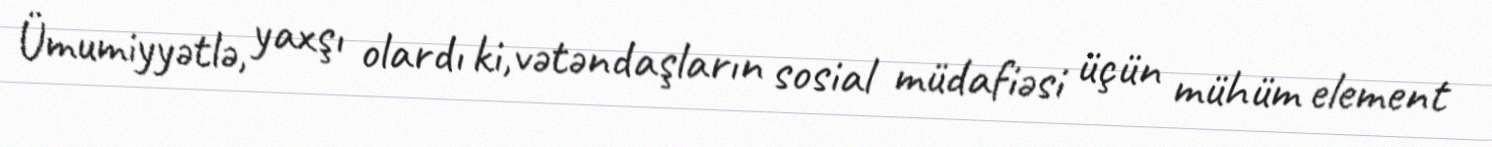
Ümumiyyətlə, yaxşı olardı ki,vətəndaşların sosial müdafiəsi üçün mühüm element